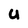
Character: U